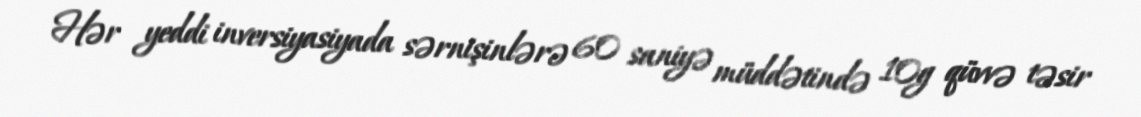
Hər yeddi inversiyasiyada sərnişinlərə 60 saniyə müddətində 10g qüvvə təsir